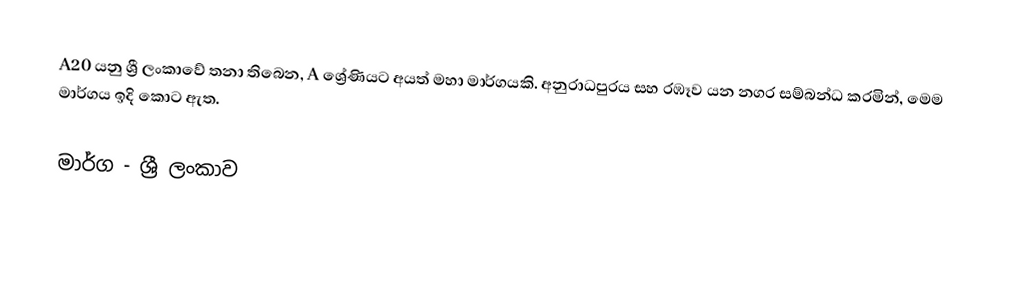
A20 යනු ශ්‍රී ලංකාවේ තනා තිබෙන, A ශ්‍රේණියට අයත් මහා මාර්ගයකි. අනුරාධපුරය සහ රඹෑව යන නගර සම්බන්ධ කරමින්, මෙම මාර්ගය ඉදි කොට ඇත.

මාර්ග - ශ්‍රී ලංකාව